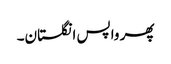
پھر واپس انگلستان۔